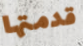
قدمتها